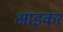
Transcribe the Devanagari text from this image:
आइकर